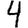
Digit: 4